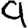
Digit: 9